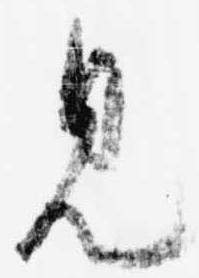
見